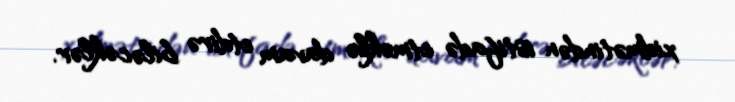
xidmətindən istifadə etməklə davam etdirə biləcəklər.